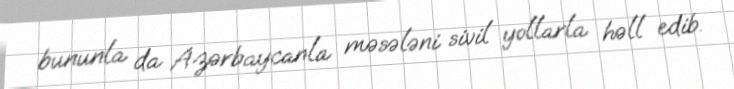
bununla da Azərbaycanla məsələni sivil yollarla həll edib.